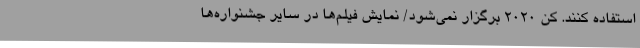
استفاده کنند. کن 2020 برگزار نمی‌شود/ نمایش فیلم‌ها در سایر جشنواره‌ها